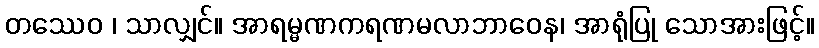
တဿေဝ ၊ သာလျှင်။ အာရမ္မဏကရဏမလာဘာဝေန၊ အာရုံပြု သောအားဖြင့်။